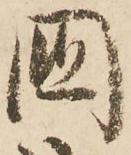
國